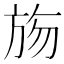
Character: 𣃦